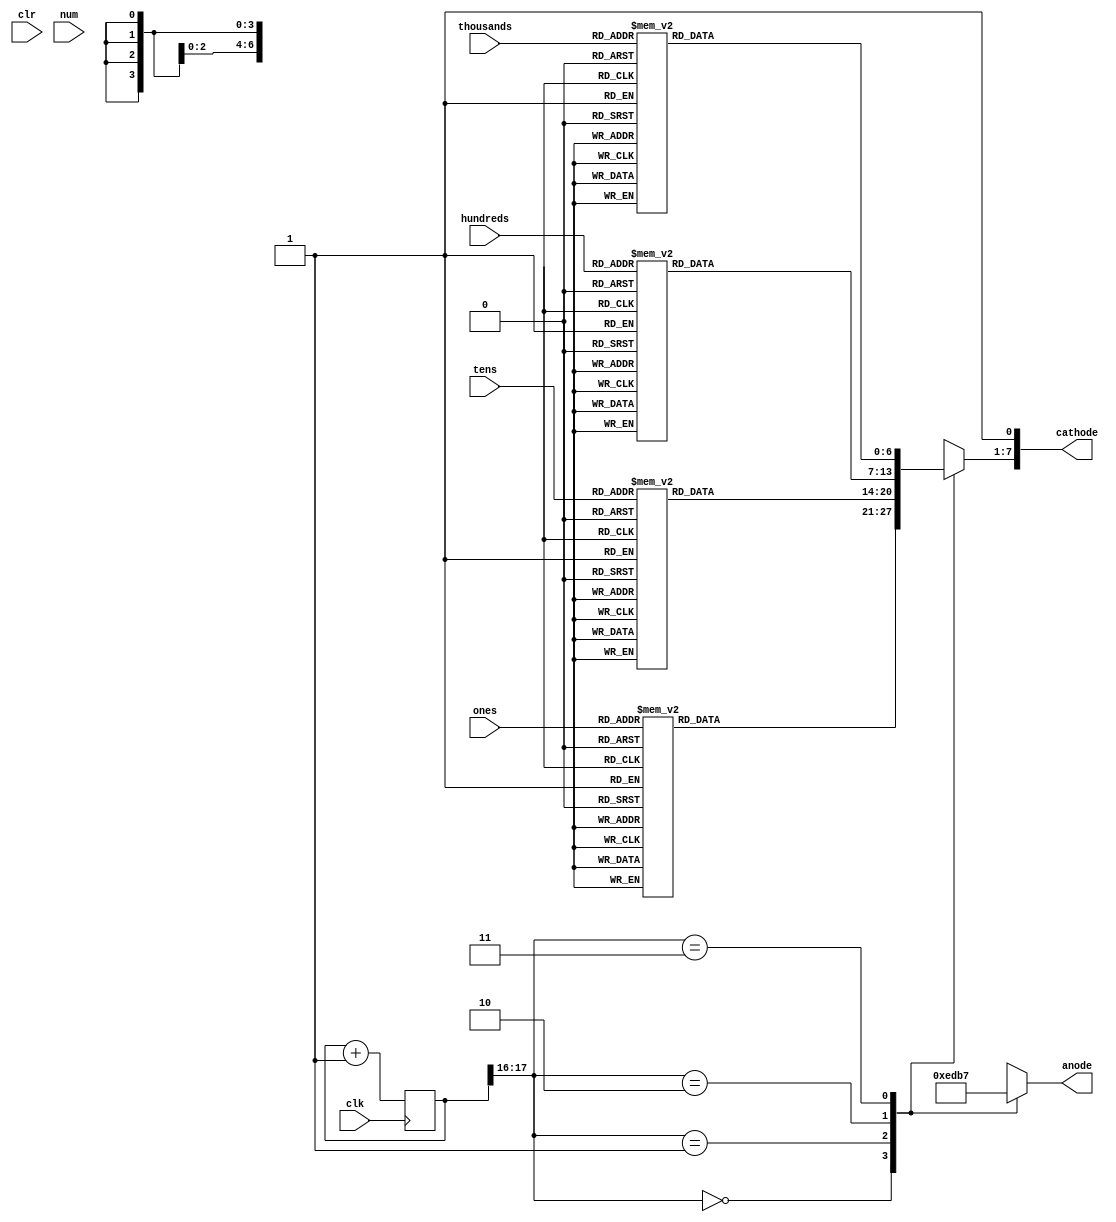
module sevenseg_all(
    input clk,
    input clr,             // clear pin used to reset the LED display 
    input [3:0] ones,
    input [3:0] tens,
    input [3:0] hundreds,
    input [3:0] thousands,    
    input [3:0] num,
    output [7:0] cathode,
    output [3:0] anode
    );
     reg [6:0]sseg_temp;
     reg [3:0]an_temp = 4'b1110 ;
     reg [17:0] count; //the 18 bit counter which allows us to multiplex at 1000Hz
     
     always @ (posedge clk)
      begin
        count <= count + 1;
      end

	 //code for display multiple digits (do not initialize an_temp in line 41 and comment out lines 44 to 60)
     always @ (*)
      begin
       case(count[17:16]) //using only the 2 MSB's of the counter
         
        2'b00 :  //When the 2 MSB's are 00 enable the fourth display
         begin
          case(ones)
                4'd0 : sseg_temp = 7'b1111110; //to display 0
                4'd1 : sseg_temp = 7'b1001001; //to display 1
                4'd2 : sseg_temp = 7'b0110000; //to display 2
                4'd3 : sseg_temp = 7'b1110001; //to display 3
                4'd4 : sseg_temp = 7'b0000001; //to display 4
                4'd5 : sseg_temp = 7'b1100001; //to display 5
                4'd6 : sseg_temp = 7'b1000011; //to display 6
                4'd7 : sseg_temp = 7'b0001000; //to display 7
                4'd8 : sseg_temp = 7'b1000010; //to display 8
//                4'd9 : sseg_temp = 7'b0000100; //to display 9
                default : sseg_temp = 7'b1111110; //dash
           endcase
          
          //sseg = ones;
          an_temp = 4'b1110;
         end
         
        2'b01:  //When the 2 MSB's are 01 enable the third display
         begin
             case(tens)
                 4'd0 : sseg_temp = 7'b1111110; //to display 0
                            4'd1 : sseg_temp = 7'b1001001; //to display 1
                            4'd2 : sseg_temp = 7'b0110000; //to display 2
                            4'd3 : sseg_temp = 7'b1110001; //to display 3
                            4'd4 : sseg_temp = 7'b0000001; //to display 4
                            4'd5 : sseg_temp = 7'b1100001; //to display 5
                            4'd6 : sseg_temp = 7'b1000011; //to display 6
                            4'd7 : sseg_temp = 7'b0001000; //to display 7
                            4'd8 : sseg_temp = 7'b1000010; //to display 8
            //                4'd9 : sseg_temp = 7'b0000100; //to display 9
                            default : sseg_temp = 7'b1111110; //dash
             endcase
            
          //sseg = tens;             
          an_temp = 4'b1101;
         end
         
        2'b10:  //When the 2 MSB's are 10 enable the second display
         begin
          case(hundreds)
                 4'd0 : sseg_temp = 7'b1111110; //to display 0
                         4'd1 : sseg_temp = 7'b1001001; //to display 1
                         4'd2 : sseg_temp = 7'b0110000; //to display 2
                         4'd3 : sseg_temp = 7'b1110001; //to display 3
                         4'd4 : sseg_temp = 7'b0000001; //to display 4
                         4'd5 : sseg_temp = 7'b1100001; //to display 5
                         4'd6 : sseg_temp = 7'b1000011; //to display 6
                         4'd7 : sseg_temp = 7'b0001000; //to display 7
                         4'd8 : sseg_temp = 7'b1000010; //to display 8
         //                4'd9 : sseg_temp = 7'b0000100; //to display 9
                         default : sseg_temp = 7'b1111110; //dash
           endcase
          
          //sseg = hundreds;
          an_temp = 4'b1011;
         end
          
        2'b11:  //When the 2 MSB's are 11 enable the first display
         begin
          case(thousands)
                 4'd0 : sseg_temp = 7'b1111110; //to display 0
                         4'd1 : sseg_temp = 7'b1001001; //to display 1
                         4'd2 : sseg_temp = 7'b0110000; //to display 2
                         4'd3 : sseg_temp = 7'b1110001; //to display 3
                         4'd4 : sseg_temp = 7'b0000001; //to display 4
                         4'd5 : sseg_temp = 7'b1100001; //to display 5
                         4'd6 : sseg_temp = 7'b1000011; //to display 6
                         4'd7 : sseg_temp = 7'b0001000; //to display 7
                         4'd8 : sseg_temp = 7'b1000010; //to display 8
         //                4'd9 : sseg_temp = 7'b0000100; //to display 9
                         default : sseg_temp = 7'b1111110; //dash
          endcase
          
          //sseg = thousands;
          an_temp = 4'b0111;
         end
       endcase
      end  
     
     assign anode = an_temp;
     assign cathode = {sseg_temp, 1'b1};
 endmodule